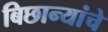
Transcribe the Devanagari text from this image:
बिछान्यांचे